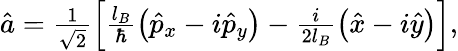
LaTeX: \begin{array}{r}{\hat{a}=\frac{1}{\sqrt{2}}\left[\frac{l_{B}}{\hbar}\left(\hat{p}_{x}-i\hat{p}_{y}\right)-\frac{i}{2l_{B}}\left(\hat{x}-i\hat{y}\right)\right],}\end{array}